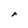
Character: r